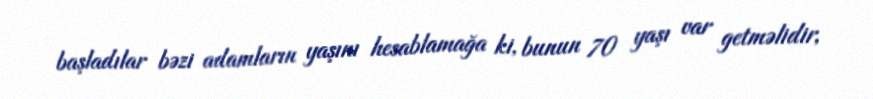
başladılar bəzi adamların yaşını hesablamağa ki, bunun 70 yaşı var getməlidir,